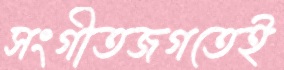
সংগীতজগতেই